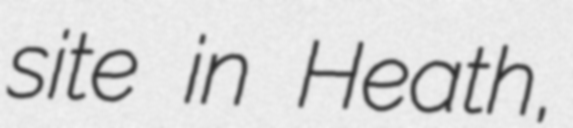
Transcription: site in Heath,